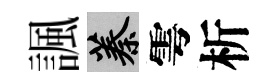
諷蓁雩析